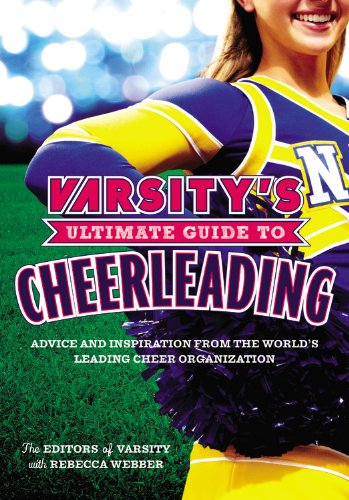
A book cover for Varsity's Ultimate Guide to Cheerleading; The Editors of Varsity; Health, Fitness & Dieting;